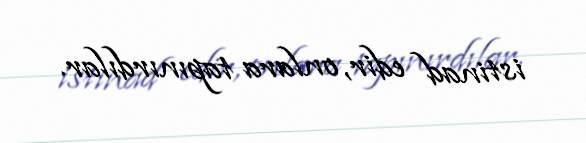
istinad edir, onlara tapınırdılar.